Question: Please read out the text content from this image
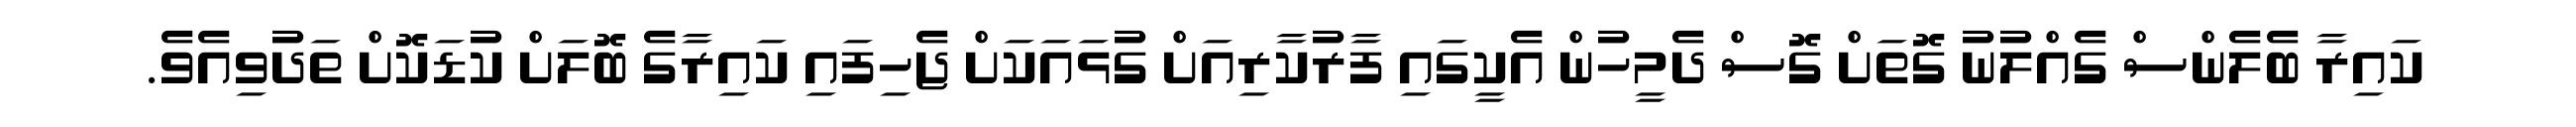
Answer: ކައިރާ ބެލެންސް ގެއްލުނު ގޮތަށް ގޮސް ދެމީހުން އެކީގައި ފާރުކާރިއަށް ގުޅައަކަށް ޖެހިފައި ކައިރާގެ ބޮލަށް ކުޑަކޮށް ތަދުވިއެވެ.